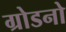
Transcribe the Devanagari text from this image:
ग्रोडनो